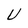
Character: U